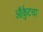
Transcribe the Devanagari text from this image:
ऑर्कुटचा